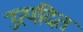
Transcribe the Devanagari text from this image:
उत्पदित